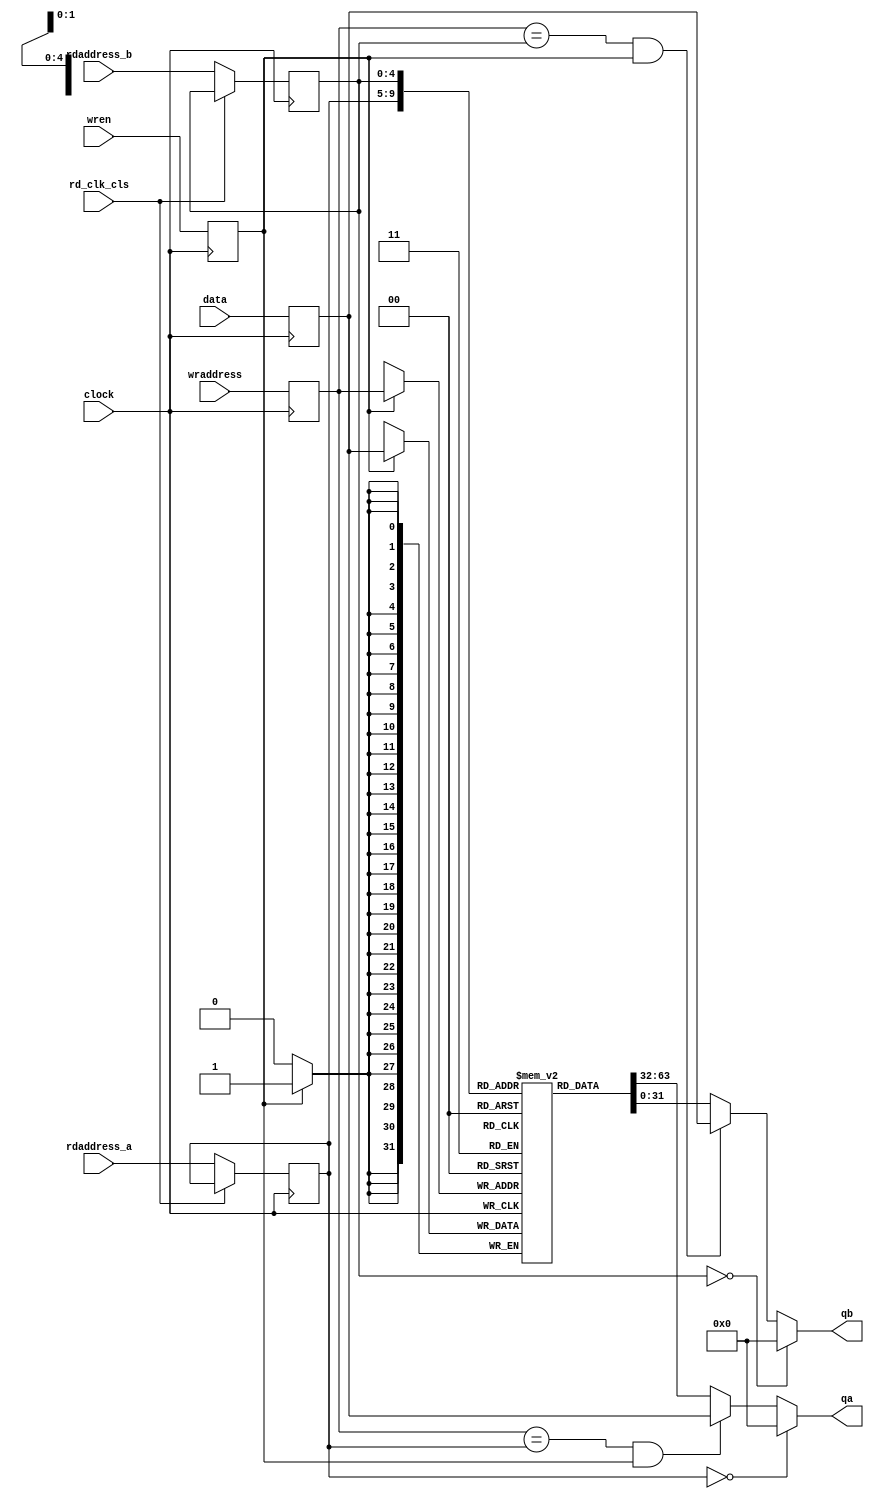
/////////////////////////////////////////////////////////////////////
////                                                             ////
////                                                             ////
////  If you encountered any problem, please contact :           ////
////                                                             ////
////  Downloaded from:                                           ////
////     http://www.opencores.org/pdownloads.cgi/list/mips789    ////
/////////////////////////////////////////////////////////////////////
////                                                             ////
//// Copyright (C) 2006-2007 Liwei                               ////
////                         mcupro@yahoo.com.hk                 ////
////                                                             ////
////                                                             ////
//// This source file may be used and distributed freely without ////
//// restriction provided that this copyright statement is not   ////
//// removed from the file and any derivative work contains the  ////
//// original copyright notice and the associated disclaimer.    ////
////                                                             ////
//// Please let the author know if it is used                    ////
//// for commercial purpose.                                     ////
////                                                             ////
////     THIS SOFTWARE IS PROVIDED ``AS IS'' AND WITHOUT ANY     ////
//// EXPRESS OR IMPLIED WARRANTIES, INCLUDING, BUT NOT LIMITED   ////
//// TO, THE IMPLIED WARRANTIES OF MERCHANTABILITY AND FITNESS   ////
//// FOR A PARTICULAR PURPOSE. IN NO EVENT SHALL THE AUTHOR      ////
//// OR CONTRIBUTORS BE LIABLE FOR ANY DIRECT, INDIRECT,         ////
//// INCIDENTAL, SPECIAL, EXEMPLARY, OR CONSEQUENTIAL DAMAGES    ////
//// (INCLUDING, BUT NOT LIMITED TO, PROCUREMENT OF SUBSTITUTE   ////
//// GOODS OR SERVICES; LOSS OF USE, DATA, OR PROFITS; OR        ////
//// BUSINESS INTERRUPTION) HOWEVER CAUSED AND ON ANY THEORY OF  ////
//// LIABILITY, WHETHER IN  CONTRACT, STRICT LIABILITY, OR TORT  ////
//// (INCLUDING NEGLIGENCE OR OTHERWISE) ARISING IN ANY WAY OUT  ////
//// OF THE USE OF THIS SOFTWARE, EVEN IF ADVISED OF THE         ////
//// POSSIBILITY OF SUCH DAMAGE.                                 ////
////                                                             ////
/////////////////////////////////////////////////////////////////////
////                                                             ////
////                                                             ////
//// Date of Creation: 2007.8.1                                  ////
////                                                             ////
//// Version: 0.0.1                                              ////
////                                                             ////
//// Description:                                                ////
////                                                             ////
////                                                             ////
/////////////////////////////////////////////////////////////////////
////                                                             ////
//// Change log:                                                 ////
////                                                             ////
/////////////////////////////////////////////////////////////////////

module reg_array2(
        data,
        wraddress,
        rdaddress_a,
        rdaddress_b,
        wren,
        clock,
        qa,
        qb,
        rd_clk_cls
    );

    input	[31:0]  data;
    input	[4:0]  wraddress;
    input	[4:0]  rdaddress_a;
    input	[4:0]  rdaddress_b;

    reg	[31:0]  r_data;
    reg	[4:0]  r_wraddress;
    reg	[4:0]  r_rdaddress_a;
    reg	[4:0]  r_rdaddress_b;
    input rd_clk_cls;
    input	wren;
    reg r_wren;
    input	clock;
    output	[31:0]  qa;
    output	[31:0]  qb;
    reg [31:0]reg_bank[0:31];

    assign qa=(r_rdaddress_a==0)?0:
           ((r_wraddress==r_rdaddress_a)&&(r_wren))?r_data:
           reg_bank[r_rdaddress_a];

    assign qb=(r_rdaddress_b==0)?0:
           ((r_wraddress==r_rdaddress_b)&&(r_wren))?r_data:
           reg_bank[r_rdaddress_b];

    always@(posedge clock)
        if (~rd_clk_cls)
        begin
            r_rdaddress_a <=rdaddress_a;
            r_rdaddress_b<=rdaddress_b;
        end
    always@(posedge clock)
    begin
        r_data <=data;
        r_wraddress<=wraddress;
        r_wren<=wren;
    end
    always@(posedge clock)
        if (r_wren)
            reg_bank[r_wraddress] <= r_data ;
endmodule